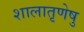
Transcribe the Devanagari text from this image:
शालातृणेषु